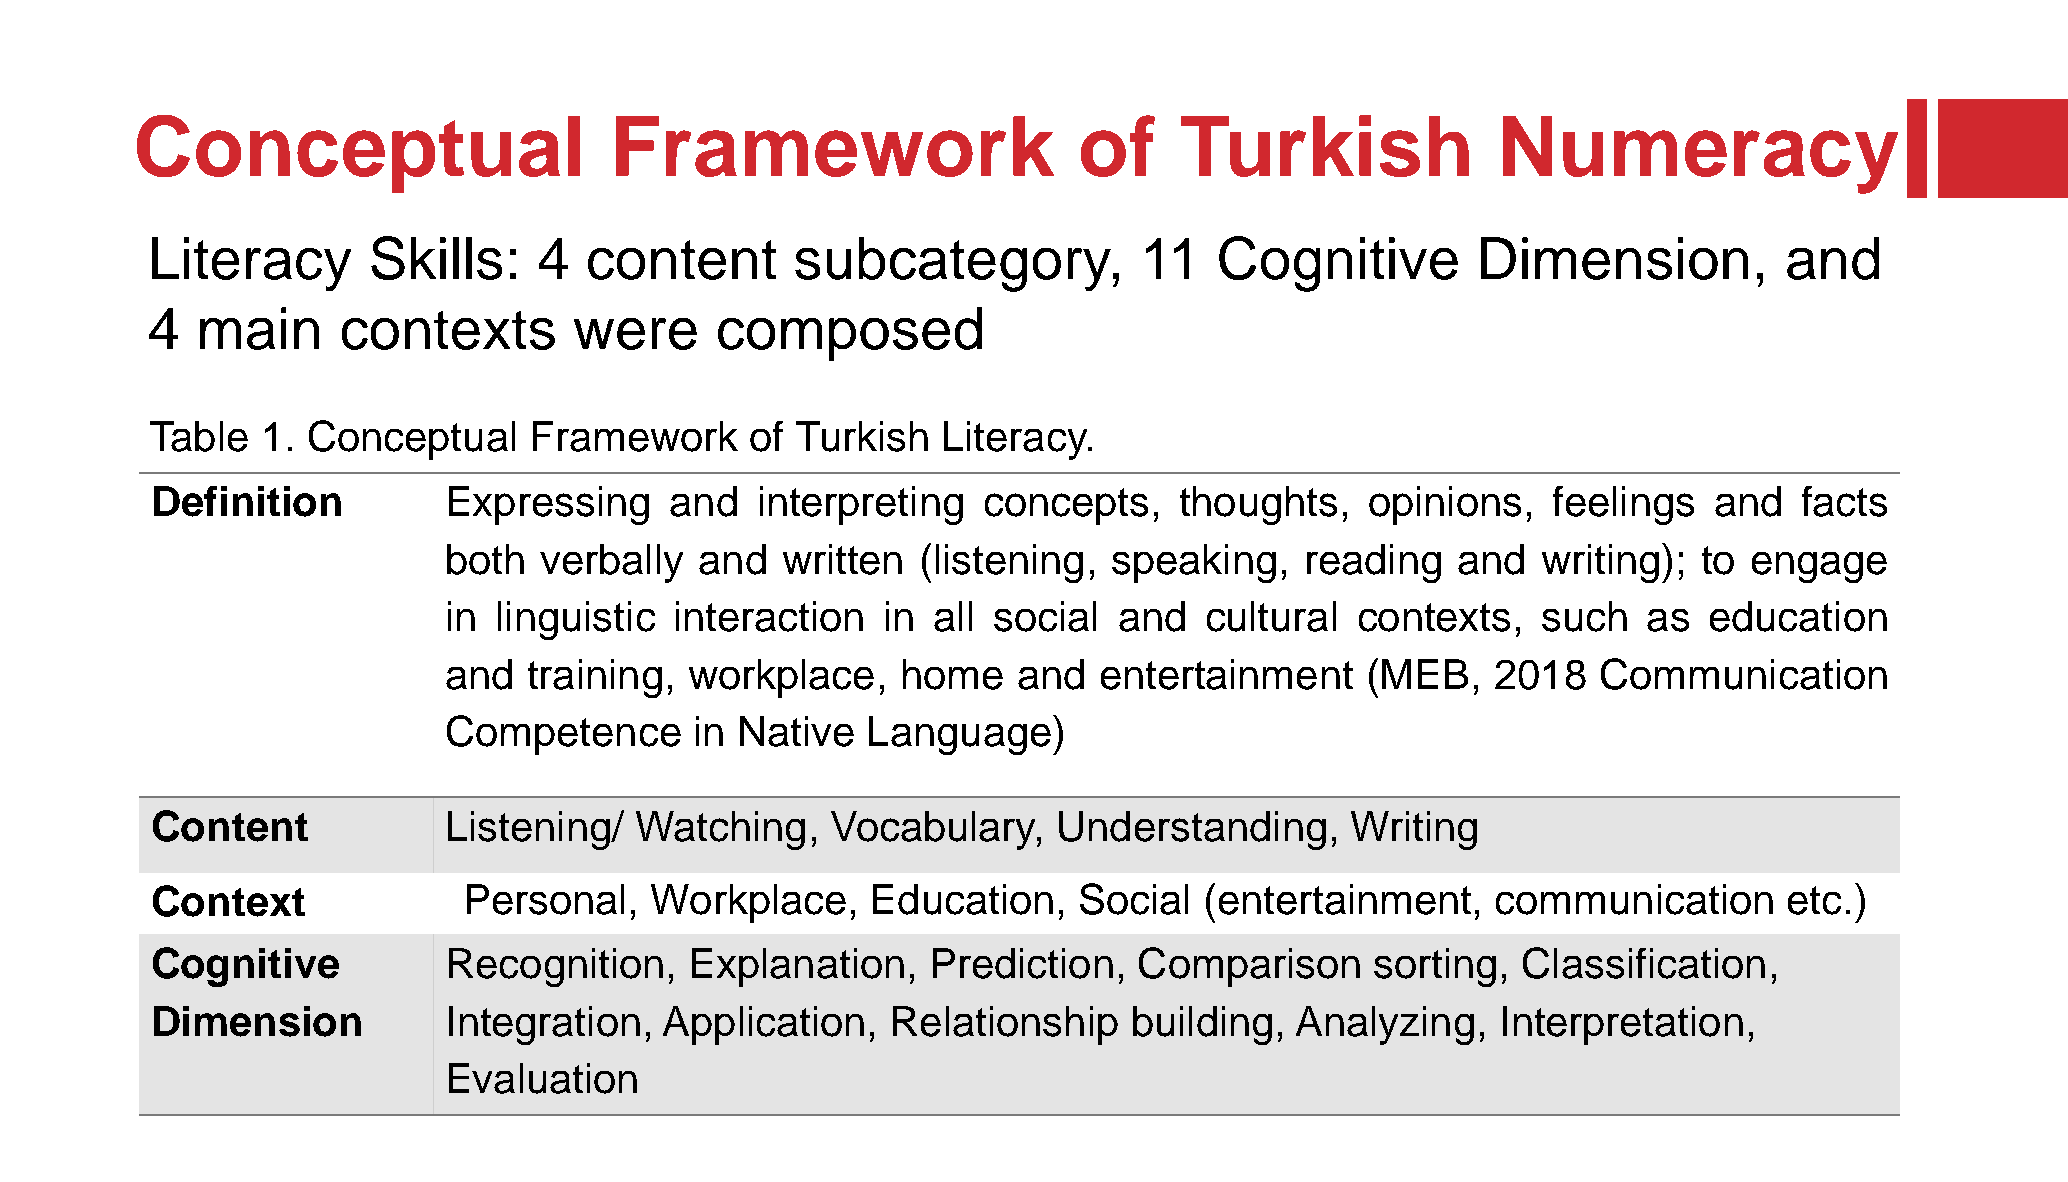
Conceptual                     Framework                      of     Turkish              Numeracy
 Literacy      Skills:     4  content       subcategory,          11    Cognitive        Dimension,          and
 4  main     contexts        were     composed
 Table  1. Conceptual     Framework      of Turkish  Literacy.
 Definition         Expressing     and   interpreting   concepts,    thoughts,    opinions,   feelings  and   facts
 both   verbally  and   written  (listening,  speaking,   reading   and   writing);  to engage
 in  linguistic  interaction  in  all social  and   cultural  contexts,   such   as  education
 and   training,  workplace,    home   and   entertainment    (MEB,    2018   Communication
 Competence       in Native  Language)
 Content            Listening/   Watching,    Vocabulary,    Understanding,     Writing
 Context              Personal,   Workplace,     Education,   Social   (entertainment,    communication      etc.)
 Cognitive          Recognition,     Explanation,   Prediction,   Comparison      sorting,  Classification,
 Dimension          Integration,   Application,   Relationship    building,  Analyzing,   Interpretation,
 Evaluation